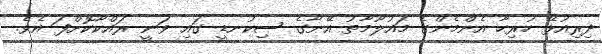
ދިރިއުޅޭ ހުރިހާ އެންމެންގެ މައުލޫމާތު އޭނާގެ ސިކުނޑީ ގައި ވަނީ ރައްކާކޮށްފަ އެވެ.